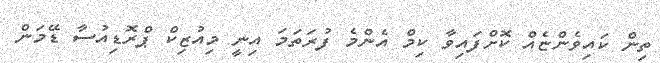
ތިން ކައިވެންޏެއް ކޮށްފައިވާ ކިމް އެންމެ ފުރަތަމަ އިނީ މިއުޒިކް ޕްރޮޑިއުސާ ޑޭމަން